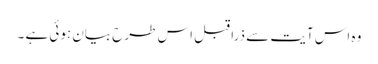
وہ اس آیت سے ذرا قبل اس طرح بیان ہوئی ہے ۔